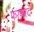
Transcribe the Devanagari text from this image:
फरगरद